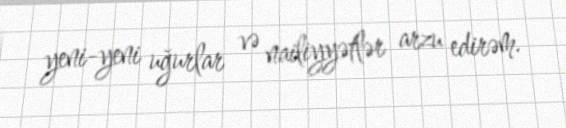
yeni-yeni uğurlar və nailiyyətlər arzu edirəm.